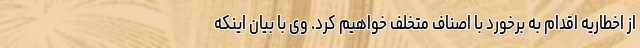
از اخطاریه اقدام به برخورد با اصناف متخلف خواهیم کرد. وی با بیان اینکه